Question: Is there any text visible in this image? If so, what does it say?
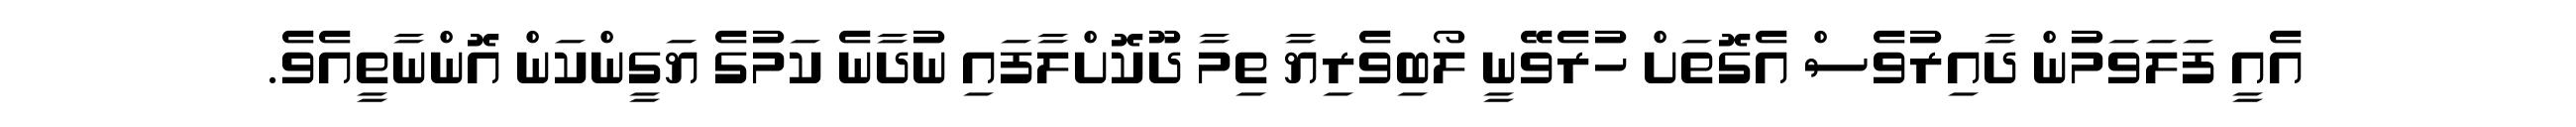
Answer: އެއީ ފަލަވަމުން ދާއިރުވެސް އެގޮތަށް ހުރެވޭނީ ލޯބިވެރިޔާ ތިމާ ދޫކޮށްލާފައި ނުދާނެ ކަމުގެ ޔަގީންކަން އޮންނާތީއެވެ.